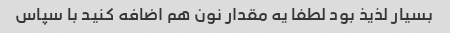
بسیار لذیذ بود لطفا یه مقدار نون هم اضافه کنید با سپاس